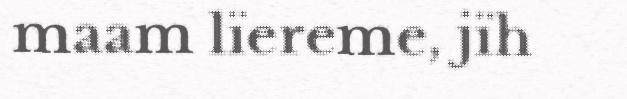
maam lïereme, jïh